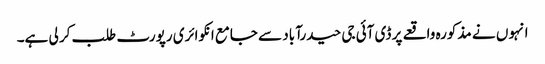
انہو ں نے مذکورہ واقعے پر ڈی آئی جی حیدرآباد سے جامع انکوائری رپورٹ طلب کر لی ہے۔